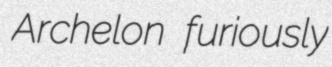
Archelon furiously